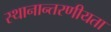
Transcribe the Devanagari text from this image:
स्थानान्तरणीयता